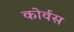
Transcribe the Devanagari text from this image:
कोर्वस